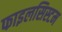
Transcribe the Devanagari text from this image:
फाइलसिस्टम